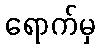
ရောက်မှ